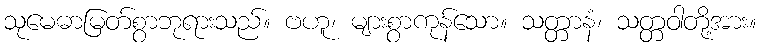
သုမေဓာမြတ်စွာဘုရားသည်။ ဗဟူ၊ များစွာကုန်သော။ သတ္တာနံ၊ သတ္တဝါတို့အား။